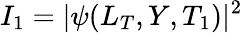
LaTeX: I_{1}=|\psi(L_{T},Y,T_{1})|^{2}